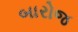
બારોજ